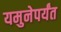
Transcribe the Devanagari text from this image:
यमुनेपर्यंत